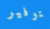
بتوفير